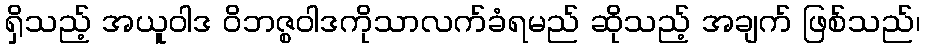
ရှိသည့် အယူဝါဒ ဝိဘဇ္စဝါဒကိုသာလက်ခံရမည် ဆိုသည့် အချက် ဖြစ်သည်၊